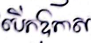
បើកឱកាស